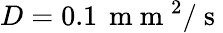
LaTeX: D=0.1\, \mathrm{~m~m~}^{2}/\mathrm{~s~}